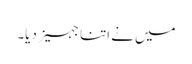
میں نے اتنا جہیز دیا۔